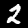
Digit: 2